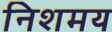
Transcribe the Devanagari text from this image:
निशमय